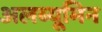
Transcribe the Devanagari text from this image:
अलब्यूमिन